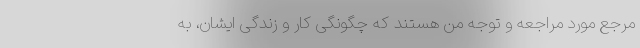
مرجع مورد مراجعه و توجه من هستند که چگونگی کار و زندگی ایشان، به